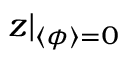
z | _ { \langle \phi \rangle = 0 }